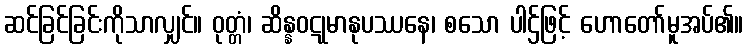
ဆင်ခြင်ခြင်းကိုသာလျှင်။ ဝုတ္တံ၊ ဆိန္နဝဋုမာနုပဿနေ၊ စသော ပါဌ်ဖြင့် ဟောတော်မူအပ်၏။